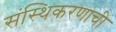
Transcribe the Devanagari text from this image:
संस्थिकरणाची